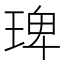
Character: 琕